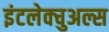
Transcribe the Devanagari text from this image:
इंटलेक्चुअल्स